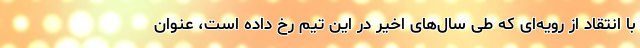
با انتقاد از رویه‌ای که طی سال‌های اخیر در این تیم رخ داده است، عنوان